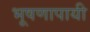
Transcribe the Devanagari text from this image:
भूषणापायी